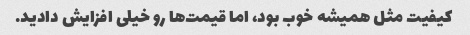
کیفیت مثل همیشه خوب بود، اما قیمت‌ها رو خیلی افزایش دادید.